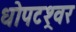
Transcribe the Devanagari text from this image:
धोपटश्र्वर